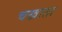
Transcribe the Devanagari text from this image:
चखाता